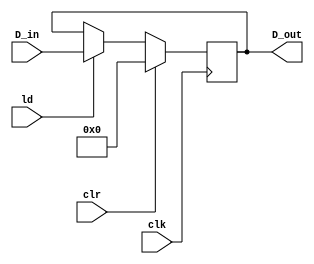
module register_mem(clk, clr, ld, D_in, D_out);
input clk, clr, ld;
input [3:0] D_in;
output reg [3:0] D_out;

always@(posedge clk) begin
if(clr) begin
D_out <= 0;
end
else if (ld) begin
D_out <= D_in;
end
end

endmodule